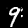
Digit: 9